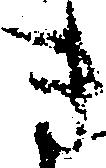
き